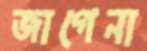
জাগেনা